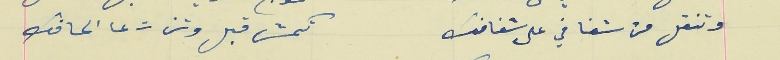
وتنقل من شفافي على شفافك                                 تكمش قبل وتزت عا الحافك